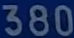
380